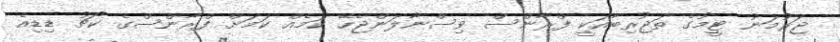
ޖަރުމަނު ޓީމުގެ ތަޖުރިބާއަކީ ފްރާންސް ވިސްނާލަންޖެހޭ ކަމެއް ކަމަށް ފްރާންސްގެ ކޯޗު ޑިޑިއެ